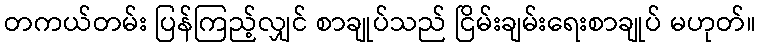
တကယ်တမ်း ပြန်ကြည့်လျှင် စာချုပ်သည် ငြိမ်းချမ်းရေးစာချုပ် မဟုတ်။